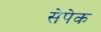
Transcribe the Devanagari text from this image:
सेपेक